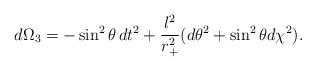
LaTeX: \begin{align*}d\Omega_3 = -\sin^2{\theta}\, dt^2 + \frac{l^2}{r_+^2} (d\theta^2 +\sin^2{\theta} d\chi^2) .\end{align*}